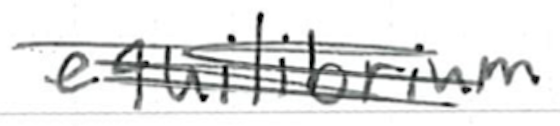
Text: equilibrium
Cross-out: scratch
Writing tool: ballpoint